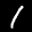
Label: 1